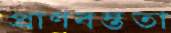
প্রাণবন্ততা